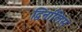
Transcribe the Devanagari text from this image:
द्विर्नालिस